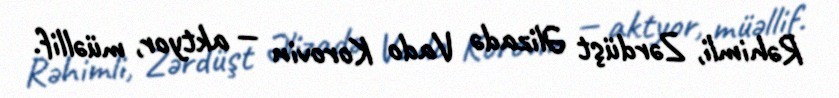
Rəhimli, Zərdüşt Əlizadə Vado Korovin — aktyor, müəllif.